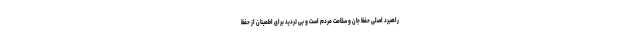
راهبرد اصلی حفظ جان و سلامت مردم است و بی تردید برای اطمینان از حفظ